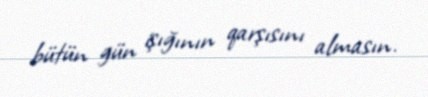
bütün gün işığının qarşısını almasın.